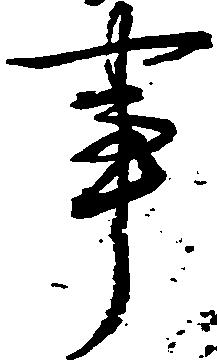
事